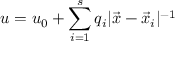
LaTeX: u = u _ { 0 } + \sum _ { i = 1 } ^ { s } q _ { i } | \vec { x } - \vec { x } _ { i } | ^ { - 1 }